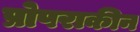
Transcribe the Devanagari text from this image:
प्रोपराकीन